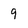
Character: 9